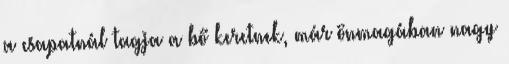
a csapatnál tagja a bő keretnek, már önmagában nagy